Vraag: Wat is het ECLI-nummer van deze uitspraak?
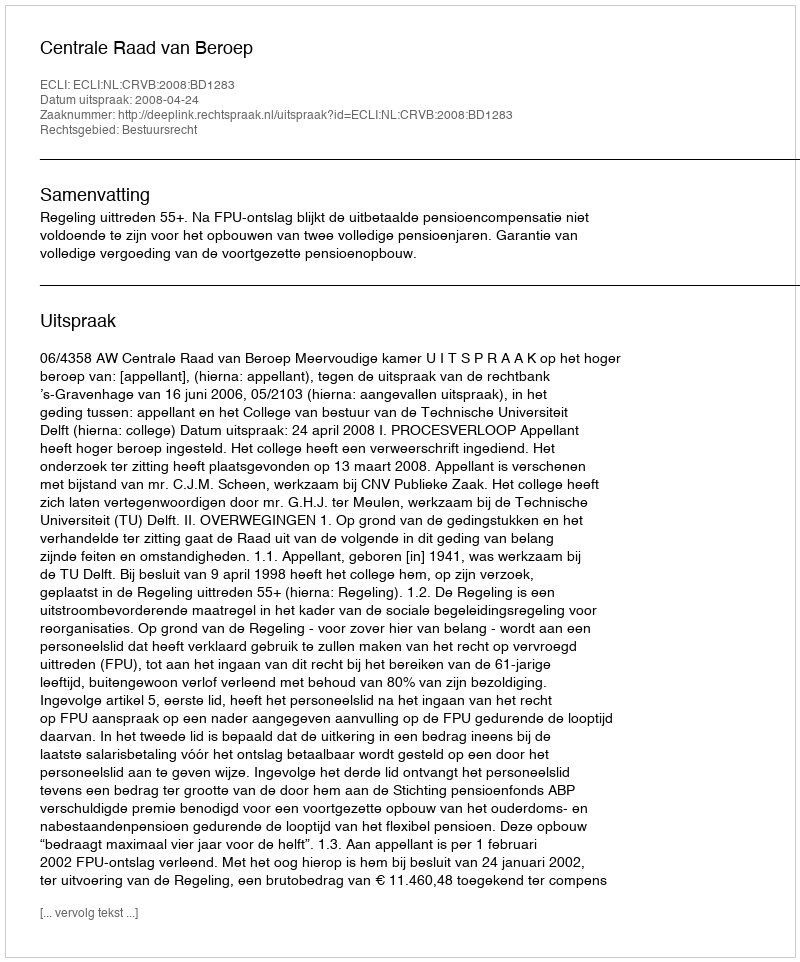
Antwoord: ECLI:NL:CRVB:2008:BD1283